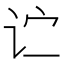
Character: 𬣞